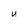
Character: u